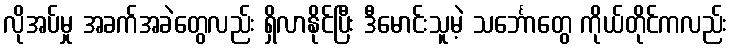
လိုအပ်မှု အခက်အခဲတွေလည်း ရှိလာနိုင်ပြီး ဒီမောင်းသူမဲ့ သင်္ဘောတွေ ကိုယ်တိုင်ကလည်း